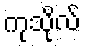
ကုသိုလ်